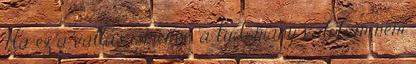
Ha ez a vallas ismerve, a tudomany valoban nem